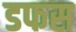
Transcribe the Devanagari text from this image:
डफस